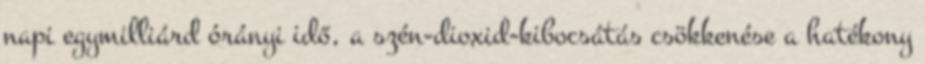
napi egymilliárd órányi idő, a szén-dioxid-kibocsátás csökkenése a hatékony